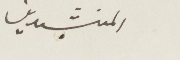
المنشدين